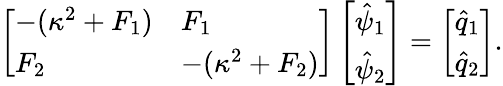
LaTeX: \left[\begin{array}{ll}{-(\kappa^{2}+F_{1})}&{F_{1}}\\ {F_{2}}&{-(\kappa^{2}+F_{2})}\end{array}\right]\left[\begin{array}{l}{\hat{\psi}_{1}}\\ {\hat{\psi}_{2}}\end{array}\right]=\left[\begin{array}{l}{\hat{q}_{1}}\\ {\hat{q}_{2}}\end{array}\right].